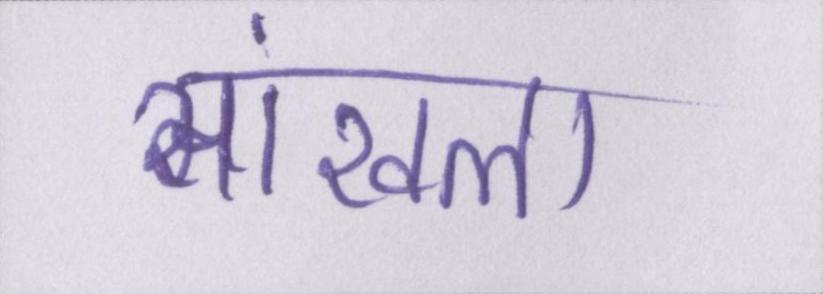
सांखला